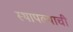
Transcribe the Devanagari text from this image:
स्थापल्याची